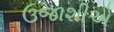
ઉજાશીએ